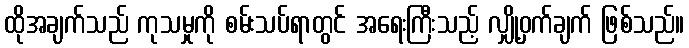
ထိုအချက်သည် ကုသမှုကို စမ်းသပ်ရာတွင် အရေးကြီးသည့် လျှို့ဝှက်ချက် ဖြစ်သည်။